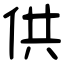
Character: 供